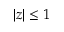
| z | \leq 1